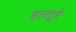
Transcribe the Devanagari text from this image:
हारतुरे